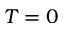
T = 0